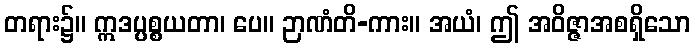
တရား၌။ ဣဒပ္ပစ္စယတာ၊ ပေ။ ဉာဏံတိ-ကား။ အယံ၊ ဤ အဝိဇ္ဇာအစရှိသော